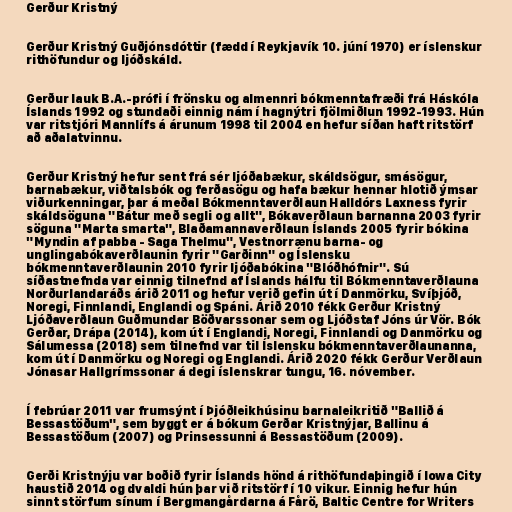
Gerður Kristný

Gerður Kristný Guðjónsdóttir (fædd í Reykjavík 10. júní 1970) er íslenskur
rithöfundur og ljóðskáld.

Gerður lauk B.A.-prófi í frönsku og almennri bókmenntafræði frá Háskóla
Íslands 1992 og stundaði einnig nám í hagnýtri fjölmiðlun 1992-1993. Hún
var ritstjóri Mannlífs á árunum 1998 til 2004 en hefur síðan haft ritstörf
að aðalatvinnu.

Gerður Kristný hefur sent frá sér ljóðabækur, skáldsögur, smásögur,
barnabækur, viðtalsbók og ferðasögu og hafa bækur hennar hlotið ýmsar
viðurkenningar, þar á meðal Bókmenntaverðlaun Halldórs Laxness fyrir
skáldsöguna "Bátur með segli og allt", Bókaverðlaun barnanna 2003 fyrir
söguna "Marta smarta", Blaðamannaverðlaun Íslands 2005 fyrir bókina
"Myndin af pabba - Saga Thelmu", Vestnorrænu barna- og
unglingabókaverðlaunin fyrir "Garðinn" og Íslensku
bókmenntaverðlaunin 2010 fyrir ljóðabókina "Blóðhófnir". Sú
síðastnefnda var einnig tilnefnd af Íslands hálfu til Bókmenntaverðlauna
Norðurlandaráðs árið 2011 og hefur verið gefin út í Danmörku, Svíþjóð,
Noregi, Finnlandi, Englandi og Spáni. Árið 2010 fékk Gerður Kristný
Ljóðaverðlaun Guðmundar Böðvarssonar sem og Ljóðstaf Jóns úr Vör. Bók
Gerðar, Drápa (2014), kom út í Englandi, Noregi, Finnlandi og Danmörku og
Sálumessa (2018) sem tilnefnd var til Íslensku bókmenntaverðlaunanna,
kom út í Danmörku og Noregi og Englandi. Árið 2020 fékk Gerður Verðlaun
Jónasar Hallgrímssonar á degi íslenskrar tungu, 16. nóvember.

Í febrúar 2011 var frumsýnt í Þjóðleikhúsinu barnaleikritið "Ballið á
Bessastöðum", sem byggt er á bókum Gerðar Kristnýjar, Ballinu á
Bessastöðum (2007) og Prinsessunni á Bessastöðum (2009).

Gerði Kristnýju var boðið fyrir Íslands hönd á rithöfundaþingið í Iowa City
haustið 2014 og dvaldi hún þar við ritstörf í 10 vikur. Einnig hefur hún
sinnt störfum sínum í Bergmangårdarna á Fårö, Baltic Centre for Writers